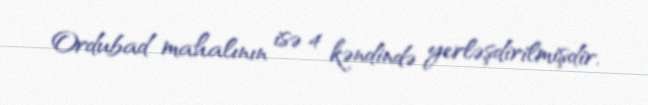
Ordubad mahalının isə 4 kəndində yerləşdirilmişdir.